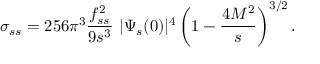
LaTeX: \sigma _ { s s } = 2 5 6 \pi ^ { 3 } \frac { f _ { s s } ^ { 2 } } { 9 s ^ { 3 } } ~ | \Psi _ { s } ( 0 ) | ^ { 4 } \left( 1 - \frac { 4 M ^ { 2 } } { s } \right) ^ { 3 / 2 } .